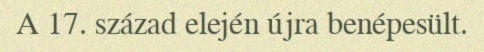
A 17. század elején újra benépesült.